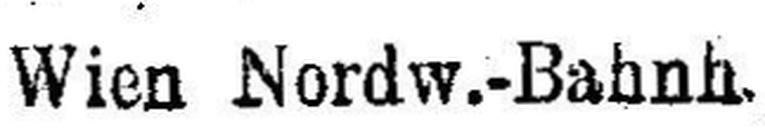
Wien Nordw.-Bahn